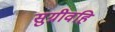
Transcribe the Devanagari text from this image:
सुग्रीवहि